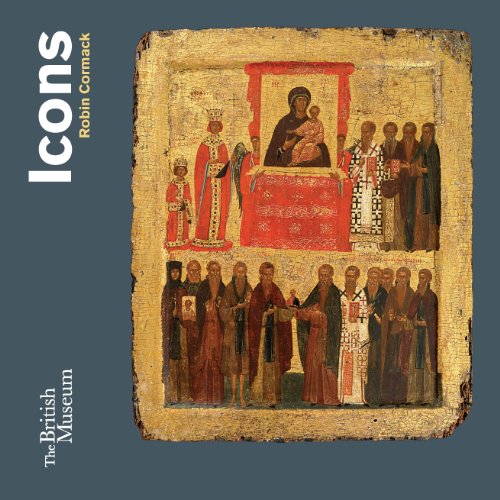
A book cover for Icons; Mr Robin Cormack; Arts & Photography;